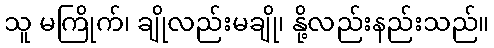
သူ မကြိုက်၊ ချိုလည်းမချို၊ နို့လည်းနည်းသည်။